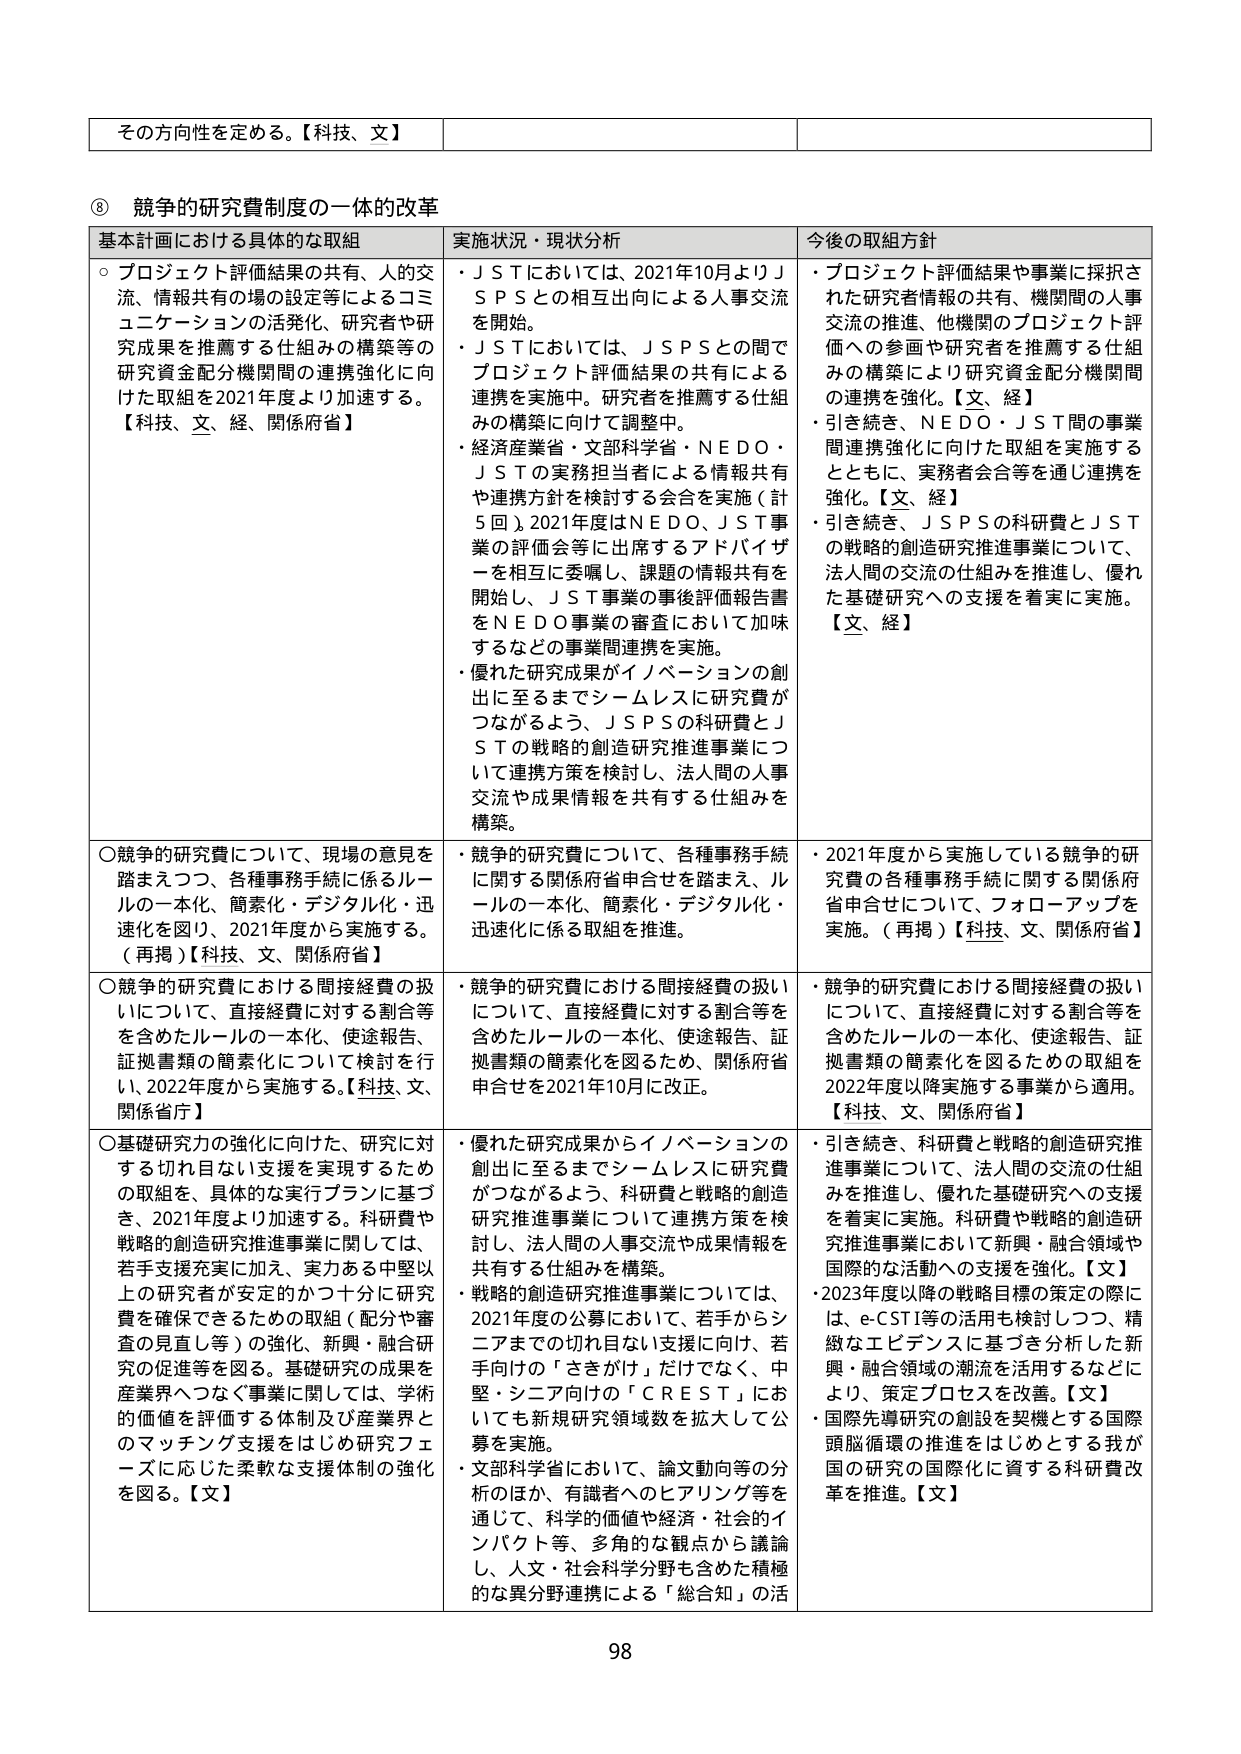
その方向性を定める。【科技、文】

⑧ 競争的研究費制度の一体的改革

基本計画における具体的な取組　　　　　　　実施状況・現状分析　　　　　　　　今後の取組方針

○プロジェクト評価結果の共有、人的交流、情報共有の場の設定等によるコミュニケーションの活発化、研究者や研究成果を推薦する仕組みの構築等の研究資金配分機関間の連携強化に向けた取組を2021年度より加速する。【科技、文、経、関係府省】

・ＪＳＴにおいては、2021年10月よりＪＳＰＳとの相互出向による人事交流を開始。
・ＪＳＴにおいては、ＪＳＰＳとの間でプロジェクト評価結果の共有による連携を実施中。研究者を推薦する仕組みの構築に向けて調整中。
・経済産業省・文部科学省・ＮＥＤＯ・ＪＳＴの実務担当者による情報共有や連携方針を検討する会合を実施（計5回）。2021年度はＮＥＤＯ、ＪＳＴ事業の評価会等に出席するアドバイザーを相互に委嘱し、課題の情報共有を開始し、ＪＳＴ事業の事後評価報告書をＮＥＤＯ事業の審査において加味するなどの事業間連携を実施。
・優れた研究成果がイノベーションの創出に至るまでシームレスに研究費がつながるよう、ＪＳＰＳの科研費とＪＳＴの戦略的創造研究推進事業について連携方策を検討し、法人間の人事交流や成果情報を共有する仕組みを構築。

・プロジェクト評価結果や事業に採択された研究者情報の共有、機関間の人事交流の推進、他機関のプロジェクト評価への参画や研究者を推薦する仕組みの構築により研究資金配分機関間の連携を強化。【文、経】
・引き続き、ＮＥＤＯ・ＪＳＴ間の事業間連携強化に向けた取組を実施するとともに、実務者会合等を通じ連携を強化。【文、経】
・引き続き、ＪＳＰＳの科研費とＪＳＴの戦略的創造研究推進事業について、法人間の交流の仕組みを推進し、優れた基礎研究への支援を着実に実施。【文、経】

○競争的研究費について、現場の意見を踏まえつつ、各種事務手続に係るルールの一本化、簡素化・デジタル化・迅速化を図り、2021年度から実施する。（再掲）【科技、文、関係府省】

・競争的研究費について、各種事務手続に関する関係府省申合せを踏まえ、ルールの一本化、簡素化・デジタル化・迅速化に係る取組を推進。

・2021年度から実施している競争的研究費の各種事務手続に関する関係府省申合せについて、フォローアップを実施。（再掲）【科技、文、関係府省】

○競争的研究費における間接経費の扱いについて、直接経費に対する割合等を含めたルールの一本化、使途報告、証拠書類の簡素化について検討を行い、2022年度から実施する。【科技、文、関係省庁】

・競争的研究費における間接経費の扱いについて、直接経費に対する割合等を含めたルールの一本化、使途報告、証拠書類の簡素化を図るため、関係府省申合せを2021年10月に改正。

・競争的研究費における間接経費の扱いについて、直接経費に対する割合等を含めたルールの一本化、使途報告、証拠書類の簡素化を図るための取組を2022年度以降実施する事業から適用。【科技、文、関係府省】

○基礎研究力の強化に向けた、研究に対する切れ目ない支援を実現するための取組を、具体的な実行プランに基づき、2021年度より加速する。科研費や戦略的創造研究推進事業に関しては、若手支援充実に加え、実力ある中堅以上の研究者が安定的かつ十分に研究費を確保できるための取組（配分や審査の見直し等）の強化、新興・融合研究の促進等を図る。基礎研究の成果を産業界へつなぐ事業に関しては、学術的価値を評価する体制及び産業界とのマッチング支援をはじめ研究フェーズに応じた柔軟な支援体制の強化を図る。【文】

・優れた研究成果からイノベーションの創出に至るまでシームレスに研究費がつながるよう、科研費と戦略的創造研究推進事業について連携方策を検討し、法人間の人事交流や成果情報を共有する仕組みを構築。
・戦略的創造研究推進事業については、2021年度の公募において、若手からシニアまでの切れ目ない支援に向け、若手向けの「さきがけ」だけでなく、中堅・シニア向けの「ＣＲＥＳＴ」においても新規研究領域数を拡大して公募を実施。
・文部科学省において、論文動向等の分析のほか、有識者へのヒアリング等を通じて、科学的価値や経済・社会的インパクト等、多角的な観点から議論し、人文・社会科学分野も含めた積極的な異分野連携による「総合知」の活

・引き続き、科研費と戦略的創造研究推進事業について、法人間の交流の仕組みを推進し、優れた基礎研究への支援を着実に実施。科研費や戦略的創造研究推進事業において新興・融合領域や国際的な活動への支援を強化。【文】
・2023年度以降の戦略目標の策定の際には、e-CSTI等の活用も検討しつつ、精緻なエビデンスに基づき分析した新興・融合領域の潮流を活用するなどにより、策定プロセスを改善。【文】
・国際先導研究の創設を契機とする国際頭脳循環の推進をはじめとする我が国の研究の国際化に資する科研費改革を推進。【文】

98